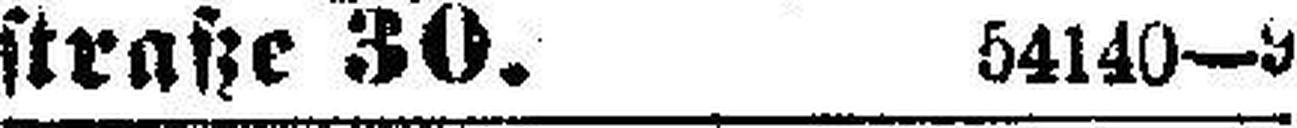
straße 30. 54140—9